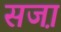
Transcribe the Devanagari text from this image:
सजा़